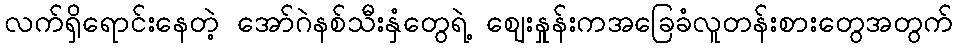
လက်ရှိရောင်းနေတဲ့ အော်ဂဲနစ်သီးနှံတွေရဲ့ ဈေးနှုန်းကအခြေခံလူတန်းစားတွေအတွက်